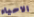
الاحياء